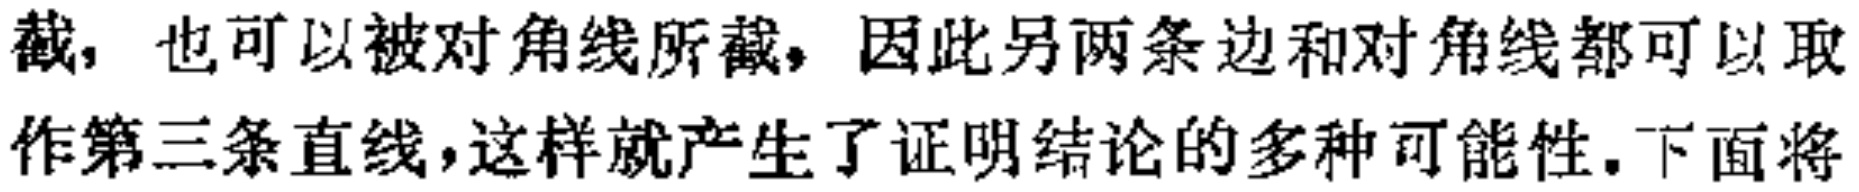
截，也可以被对角线所截，因此另两条边和对角线都可以取作第三条直线，这样就产生了证明结论的多种可能性.下面将